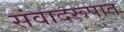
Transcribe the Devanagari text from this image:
संवादरूपात